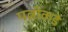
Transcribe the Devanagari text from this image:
पत्नीकडे